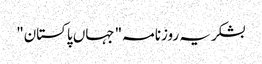
بشکریہ روزنامہ "جہاں پاکستان"